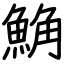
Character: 𩷛